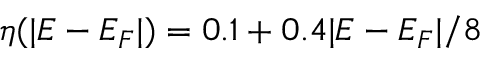
\eta ( | E - E _ { F } | ) = 0 . 1 + 0 . 4 | E - E _ { F } | / 8